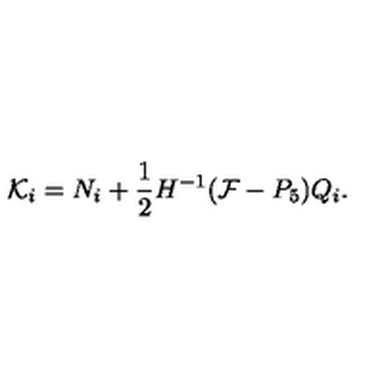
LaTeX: { \cal K } _ { i } = { N } _ { i } + \frac { 1 } { 2 } H ^ { - 1 } ( { \cal F } - P _ { 5 } ) Q _ { i } .